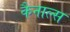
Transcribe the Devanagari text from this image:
कैनाल्स